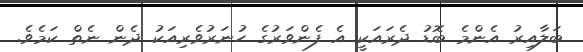
ބަލާއިރު އެންމެ ބޮޑު ދެރައަކީ އެ ފެންވަރުގެ ހުނަރުވެރިއަކު ދެން ނެތް ކަމެވެ.